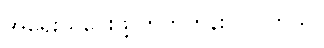
အရေးယူပေးဖို့ တိုက်တွန်းလိုပါတယ်။